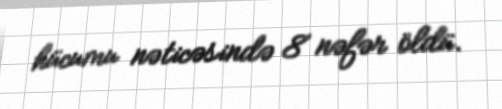
hücumu nəticəsində 8 nəfər öldü.